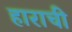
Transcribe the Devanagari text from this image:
हाराची